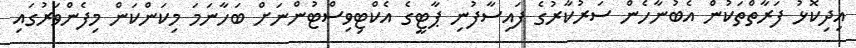
އިދިކޮޅު ފަރާތްތަކުން އެބުނާހެން ސަރުކާރުގެ ފައިސާފުނި ޕާޓީގެ އެކްޓިވިސްޓުންނަށް ބަހާނަމަ މިކަންކަން މިފެންވަރުގައި